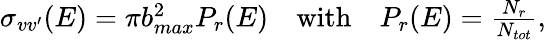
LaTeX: \begin{array}{r}{\sigma_{vv^{\prime}}(E)=\pi b_{max}^{2}P_{r}(E)\quad\mathrm{with}\quad P_{r}(E)={\frac{N_{r}}{N_{tot}}},}\end{array}